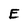
Character: E